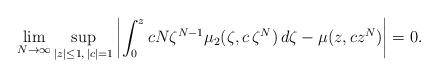
LaTeX: \begin{align*}\lim_{N\to\infty} \sup_{|z|\le 1,\, |c|=1} \left | \int_0^z c N\zeta^{N-1} \mu_2(\zeta,c\, \zeta^N)\, d\zeta - \mu(z,c z^N) \right | =0.\end{align*}